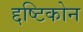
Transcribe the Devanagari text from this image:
द्दष्टिकोन